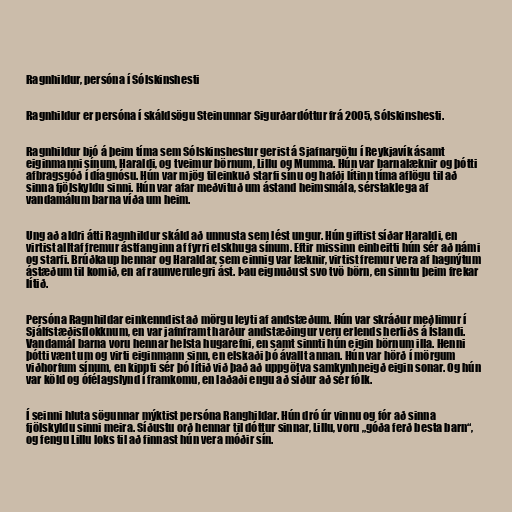
Ragnhildur, persóna í Sólskinshesti

Ragnhildur er persóna í skáldsögu Steinunnar Sigurðardóttur frá 2005, Sólskinshesti.

Ragnhildur bjó á þeim tíma sem Sólskinshestur gerist á Sjafnargötu í Reykjavík ásamt
eiginmanni sínum, Haraldi, og tveimur börnum, Lillu og Mumma. Hún var barnalæknir og þótti
afbragsgóð í díagnósu. Hún var mjög tileinkuð starfi sínu og hafði lítinn tíma aflögu til að
sinna fjölskyldu sinni. Hún var afar meðvituð um ástand heimsmála, sérstaklega af
vandamálum barna víða um heim.

Ung að aldri átti Ragnhildur skáld að unnusta sem lést ungur. Hún giftist síðar Haraldi, en
virtist alltaf fremur ástfanginn af fyrri elskhuga sínum. Eftir missinn einbeitti hún sér að námi
og starfi. Brúðkaup hennar og Haraldar, sem einnig var læknir, virtist fremur vera af hagnýtum
ástæðum til komið, en af raunverulegri ást. Þau eignuðust svo tvö börn, en sinntu þeim frekar
lítið.

Persóna Ragnhildar einkenndist að mörgu leyti af andstæðum. Hún var skráður meðlimur í
Sjálfstæðisflokknum, en var jafnframt harður andstæðingur veru erlends herliðs á Íslandi.
Vandamál barna voru hennar helsta hugarefni, en samt sinnti hún eigin börnum illa. Henni
þótti vænt um og virti eiginmann sinn, en elskaði þó ávallt annan. Hún var hörð í mörgum
viðhorfum sínum, en kippti sér þó lítið við það að uppgötva samkynhneigð eigin sonar. Og hún
var köld og ófélagslynd í framkomu, en laðaði engu að síður að sér fólk.

Í seinni hluta sögunnar mýktist persóna Ranghildar. Hún dró úr vinnu og fór að sinna
fjölskyldu sinni meira. Síðustu orð hennar til dóttur sinnar, Lillu, voru „góða ferð besta barn“,
og fengu Lillu loks til að finnast hún vera móðir sín.